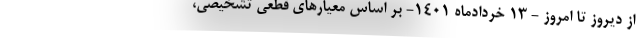
از دیروز تا امروز - ۱۳ خردادماه ۱۴۰۱- بر اساس معیارهای قطعی تشخیصی،